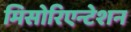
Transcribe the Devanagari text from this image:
मिसोरिएन्टेशन